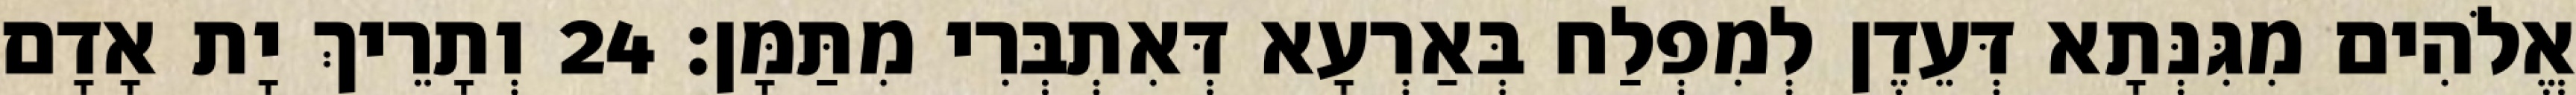
אֱלֹהִים מִגִּנְּתָא דְּעֵדֶן לְמִפְלַח בְּאַרְעָא דְּאִתְבְּרִי מִתַּמָּן׃ 24 וְתָרֵיךְ יָת אָדָם